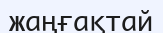
жаңғақтай